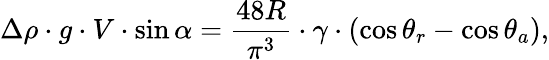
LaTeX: \Delta\rho\cdot g\cdot V\cdot\sin\alpha=\frac{48R}{\pi^{3}}\cdot\gamma\cdot(\cos\theta_{r}-\cos\theta_{a}),